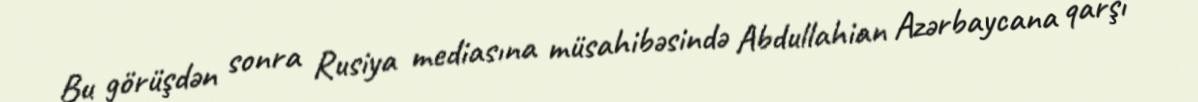
Bu görüşdən sonra Rusiya mediasına müsahibəsində Abdullahian Azərbaycana qarşı